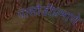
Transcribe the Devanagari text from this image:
पासोडीप्रमाणे